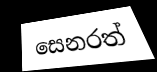
සෙනරත්